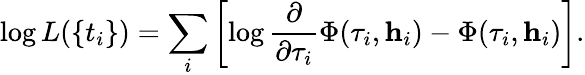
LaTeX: \log L(\{ t_{i}\} )=\sum_{i}\left[\log\frac{\partial}{\partial\tau_{i}}\Phi(\tau_{i},\textbf{h}_{i})-\Phi(\tau_{i},\textbf{h}_{i})\right].